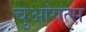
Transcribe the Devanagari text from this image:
चुआंगत्स